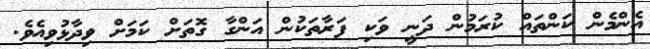
އެންމެން ކަންތައް ކުރަމުން ދަނީ ވަކި ފަރާތަކުން އަންގާ ގޮތަށް ކަމަށް ވިދާޅުވިއެވެ.